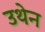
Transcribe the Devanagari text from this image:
उथेन